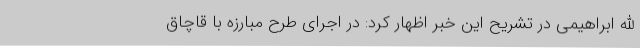
الله ابراهیمی در تشریح این خبر اظهار کرد: در اجرای طرح مبارزه با قاچاق